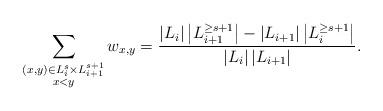
LaTeX: \begin{align*}\sum_{\substack{(x,y)\in L_i^{s}\times L_{i+1}^{s+1}\\ x<y}}w_{x,y} = \frac{\left|L_i\right|\left|L_{i+1}^{\geq s+1}\right|-\left|L_{i+1}\right|\left|L_i^{\geq s+1}\right|}{\left|L_i\right|\left|L_{i+1}\right|}.\end{align*}